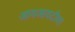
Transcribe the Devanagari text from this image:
आयआयटीचा